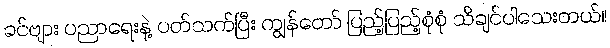
ခင်ဗျား ပညာရေးနဲ့ ပတ်သက်ပြီး ကျွန်တော် ပြည့်ပြည့်စုံစုံ သိချင်ပါသေးတယ်။